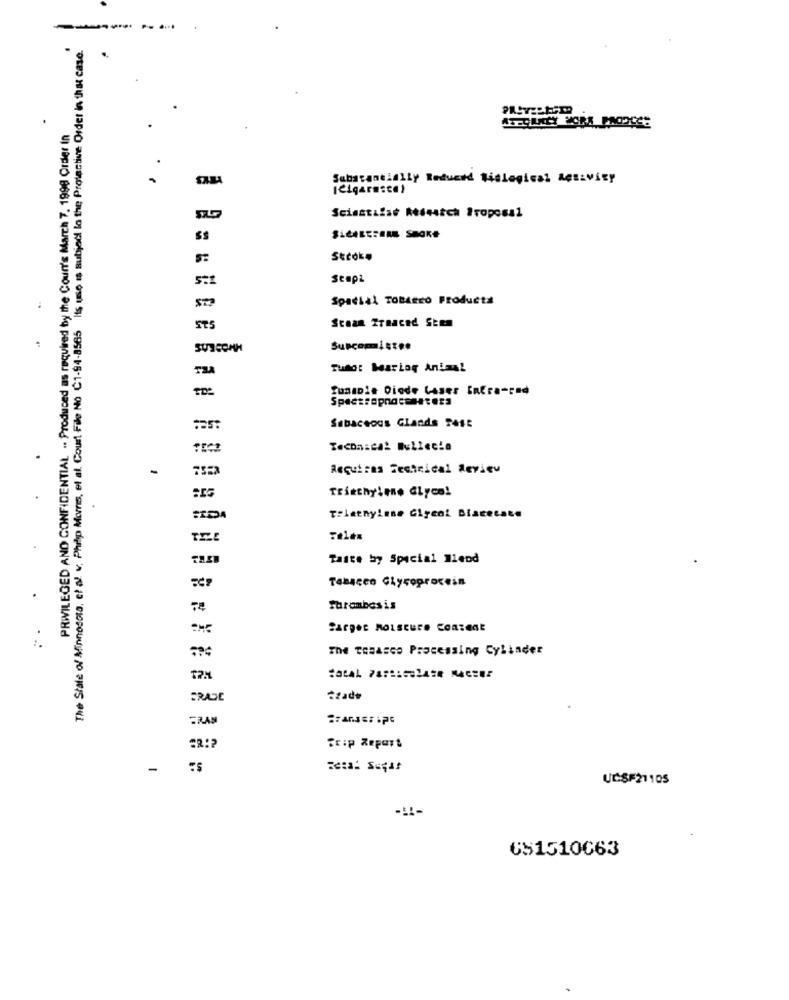
-----
The State of Minnesota, et al. v. Phåp More, et al. Court File No C1-94-8565 Its use is subject to the Protective Order in that case.
PRIVILEGED AND CONFIDENTIAL .. Produced as required by the Coun's March 7. 1998 Order In
Substantially Reduced Midlogical AfELvity
leigarnica)
Sciastilat hicatch Proposal
Stroke
Seapi
Spatial TOBAero Products
STS
Scoan fraaced Stem
Tumot bearing Animal
SunaDie Diode Laser Infra-red
Sebaceous Glands 24SE
Requires Technical Review
Trikthylene Glyce!
.
Tiletnylene Glycol Diacetate
Taste by Special Blend
Tabacco Clyroprocein
Thrombosis
The Tobacco Processing Cylinder
FRAN
Granger ipc
Trip Report
-
UCSF21105
651510663